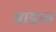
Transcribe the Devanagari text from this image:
मांडात